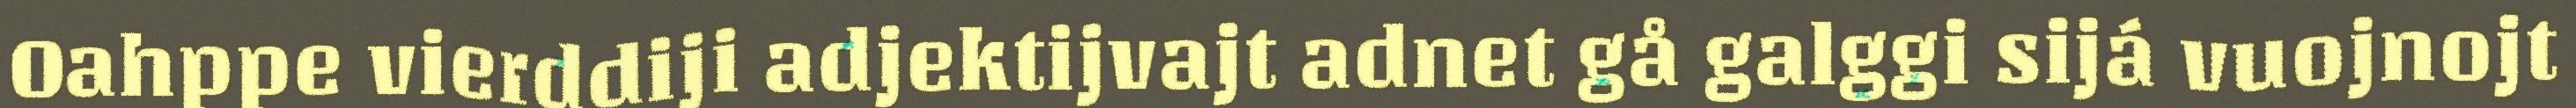
Oahppe vierddiji adjektijvajt adnet gå galggi sijá vuojnojt